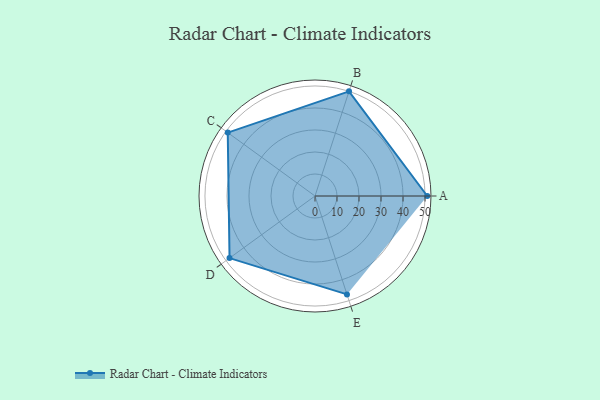
{"axis": {"x": "Skill", "y": "Score"}, "legend": ["Profile"], "data": [{"x": "A", "y": 51.0, "type": "Profile"}, {"x": "B", "y": 50.0, "type": "Profile"}, {"x": "C", "y": 49.0, "type": "Profile"}, {"x": "D", "y": 48.0, "type": "Profile"}, {"x": "E", "y": 47.0, "type": "Profile"}]}